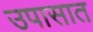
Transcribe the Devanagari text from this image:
उपासात